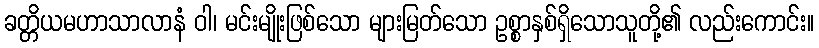
ခတ္တိယမဟာသာလာနံ ဝါ၊ မင်းမျိုးဖြစ်သော များမြတ်သော ဥစ္စာနှစ်ရှိသောသူတို့၏ လည်းကောင်း။